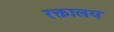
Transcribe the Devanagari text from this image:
रक्तालय